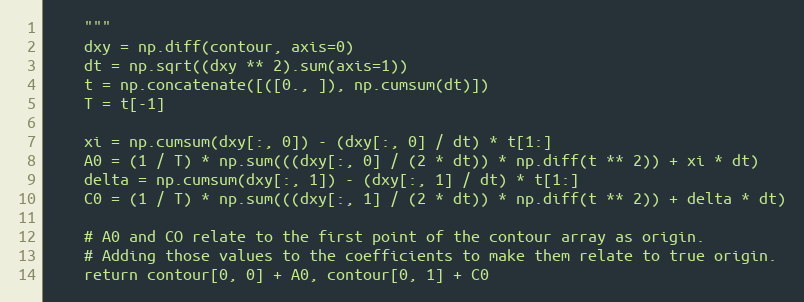
Language: Python
    """
    dxy = np.diff(contour, axis=0)
    dt = np.sqrt((dxy ** 2).sum(axis=1))
    t = np.concatenate([([0., ]), np.cumsum(dt)])
    T = t[-1]

    xi = np.cumsum(dxy[:, 0]) - (dxy[:, 0] / dt) * t[1:]
    A0 = (1 / T) * np.sum(((dxy[:, 0] / (2 * dt)) * np.diff(t ** 2)) + xi * dt)
    delta = np.cumsum(dxy[:, 1]) - (dxy[:, 1] / dt) * t[1:]
    C0 = (1 / T) * np.sum(((dxy[:, 1] / (2 * dt)) * np.diff(t ** 2)) + delta * dt)

    # A0 and CO relate to the first point of the contour array as origin.
    # Adding those values to the coefficients to make them relate to true origin.
    return contour[0, 0] + A0, contour[0, 1] + C0